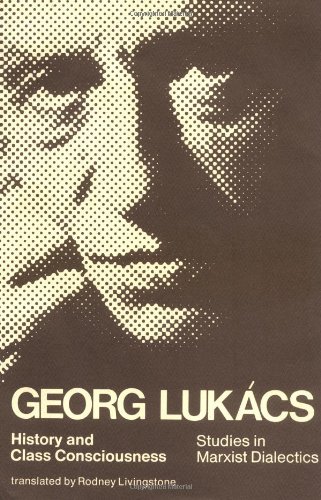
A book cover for History and Class Consciousness: Studies in Marxist Dialectics; Georg LukÃ¡cs; Politics & Social Sciences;